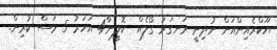
ޔޫކްރެއިންއަށް ނުދިނީ ރަނގަޅު ގޯލެއް  ކޮލީނާ4 އަހަރު 5 މަސް ކުރިން.